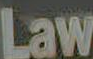
Law